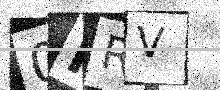
Text: 0PRV